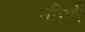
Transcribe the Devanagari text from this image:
कीर्ण